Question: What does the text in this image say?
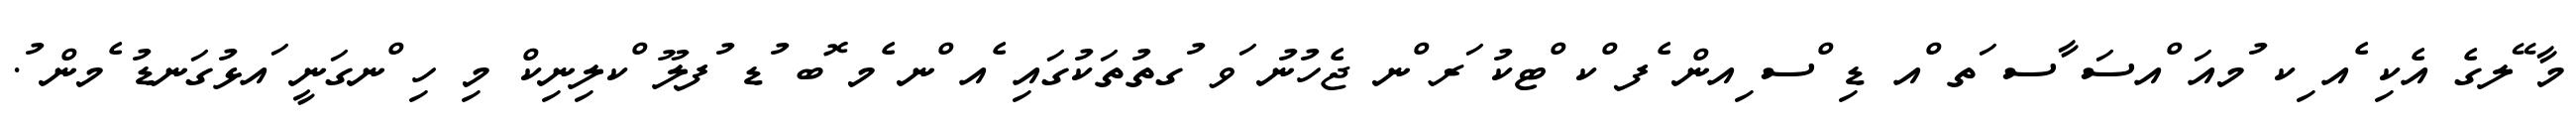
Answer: މާ ޭލގެ އެކި ެއ ިކ ުމއަ ްއސަ ާސ ަތ ްއ ޑި ްސ ިއން ެފ ްކ ްޓކު ަރ ްނ ޖެހުނު ަވ ުގތުތަކުގައި ެއ ްނ ެމ ޮބ ުޑ ުފލޫ ްކލިނިކް މި ހި ްނގަނީ ައޅުގަނޑު ެމން ު.